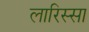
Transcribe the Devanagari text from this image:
लारिस्सा